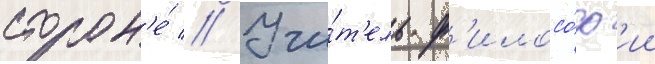
сторон'е́ // Учи́т'ель ф'илосо́ф'ии